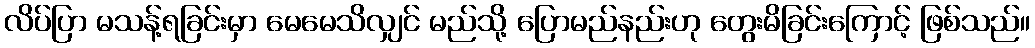
လိပ်ပြာ မသန့်ရခြင်းမှာ မေမေသိလျှင် မည်သို့ ပြောမည်နည်းဟု တွေးမိခြင်းကြောင့် ဖြစ်သည်။